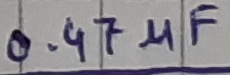
Text: 0.47µF